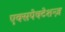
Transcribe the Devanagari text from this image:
एक्सपेक्टेशन्ज़